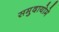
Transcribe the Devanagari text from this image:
समुदायोमे